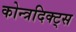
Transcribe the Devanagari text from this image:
कोन्त्रदिक्ट्स